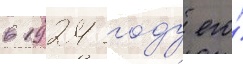
в 1924 году его́